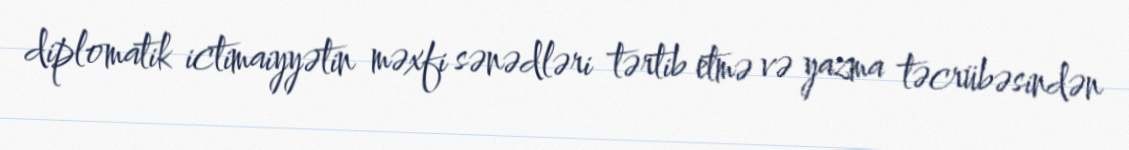
diplomatik ictimaiyyətin məxfi sənədləri tərtib etmə və yazma təcrübəsindən